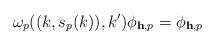
LaTeX: \begin{align*} \omega_p((k,s_p(k)),k')\phi_{\mathbf h,p} = \phi_{\mathbf h,p}\end{align*}